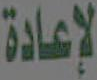
لإعادة